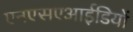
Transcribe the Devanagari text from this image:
एनएसएआईडियों